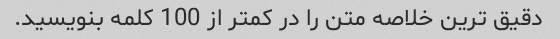
دقیق ترین خلاصه متن را در کمتر از 100 کلمه بنویسید.